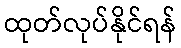
ထုတ်လုပ်နိုင်ရန်